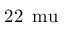
2 2 \, \mathrm { \ m u }